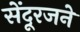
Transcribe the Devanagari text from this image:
सेंदूरजने